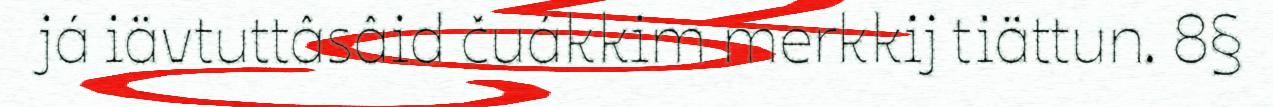
já iävtuttâsâid čuákkim merkkij tiättun. 8§